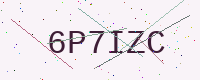
Text: 6P7IZC